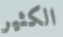
الكثير